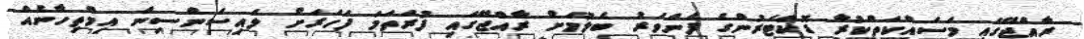
ރާއްޖޭގައި މަސައްކަތްކުރާ ޑޮކްޓަރުންގެ ފެންވަރު ބެލުމަށް ރާއްޖޭގައި ފުރަތަމަ ފަހަރަށް ލައިސަންސިން އިމްތިހާނެއް